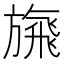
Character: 𩙴